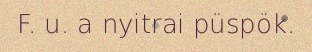
F. u. a nyitrai püspök.